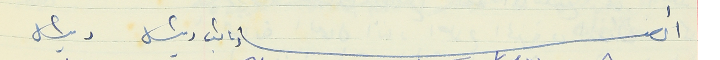
أعضاء نائب رئيس رئيس